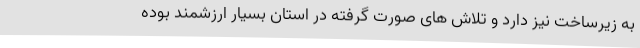
به زیرساخت نیز دارد و تلاش های صورت گرفته در استان بسیار ارزشمند بوده